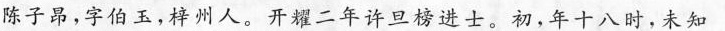
陈子昂，字伯玉，梓州人。开耀二年许旦榜进士。初，年十八时，未知